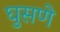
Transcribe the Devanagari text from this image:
घुसणे